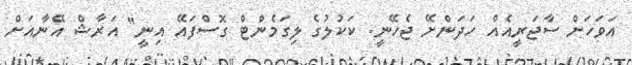
އަވަހަށް ސާޖަރީއެއް ހަދަންށޭ ޖެހޭނީ. ކަކުލުގެ ލިގަމެންޓް ގޮސްފައޭ އިނީ" އަރާޝް އޭނާއަށް